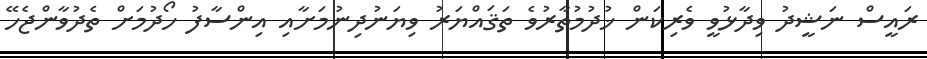
ރައީސް ނަޝީދު ވިދާޅުވީ ވެރިކަން ޚުދުމުތާރުވެ ތަޤައްޔަރު ވިޔަނުދިނުމަށާއި އިންސާފު ހޯދުމަށް ތެދުވާންޖެހޭ